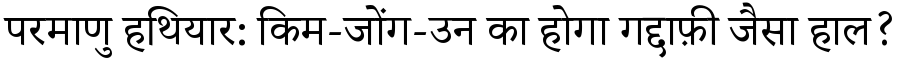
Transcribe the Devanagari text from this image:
परमाणु हथियार: किम-जोंग-उन का होगा गद्दाफ़ी जैसा हाल?